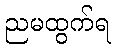
ညမထွက်ရ